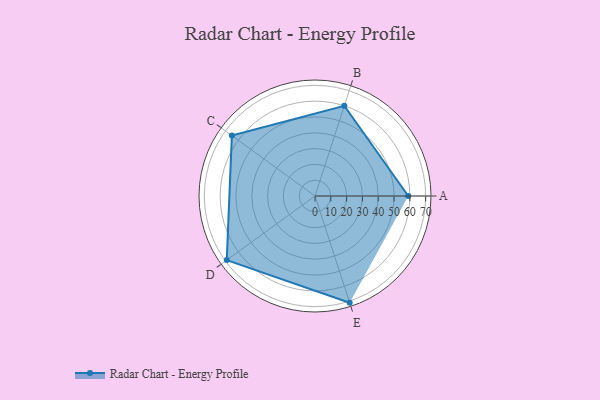
{"axis": {"x": "Skill", "y": "Score"}, "legend": ["Profile"], "data": [{"x": "A", "y": 59.0, "type": "Profile"}, {"x": "B", "y": 60.0, "type": "Profile"}, {"x": "C", "y": 65.0, "type": "Profile"}, {"x": "D", "y": 69.0, "type": "Profile"}, {"x": "E", "y": 71.0, "type": "Profile"}]}